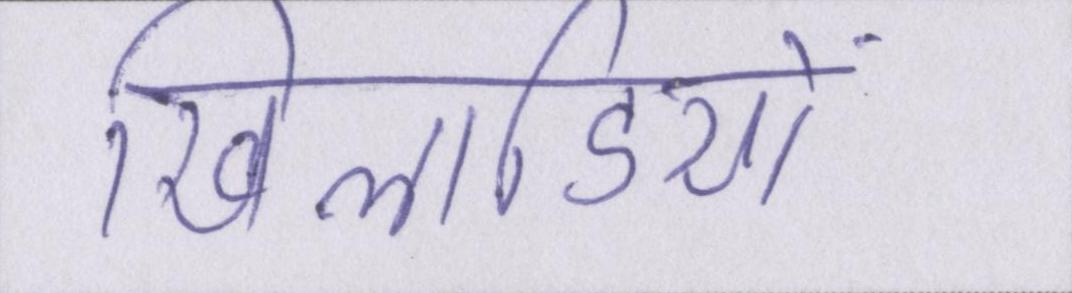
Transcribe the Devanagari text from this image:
खिलाडियों